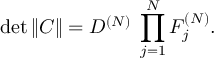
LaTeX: \operatorname * { d e t } \| C \| = D ^ { ( N ) } \; \prod _ { j = 1 } ^ { N } F _ { j } ^ { ( N ) } .